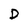
Character: D